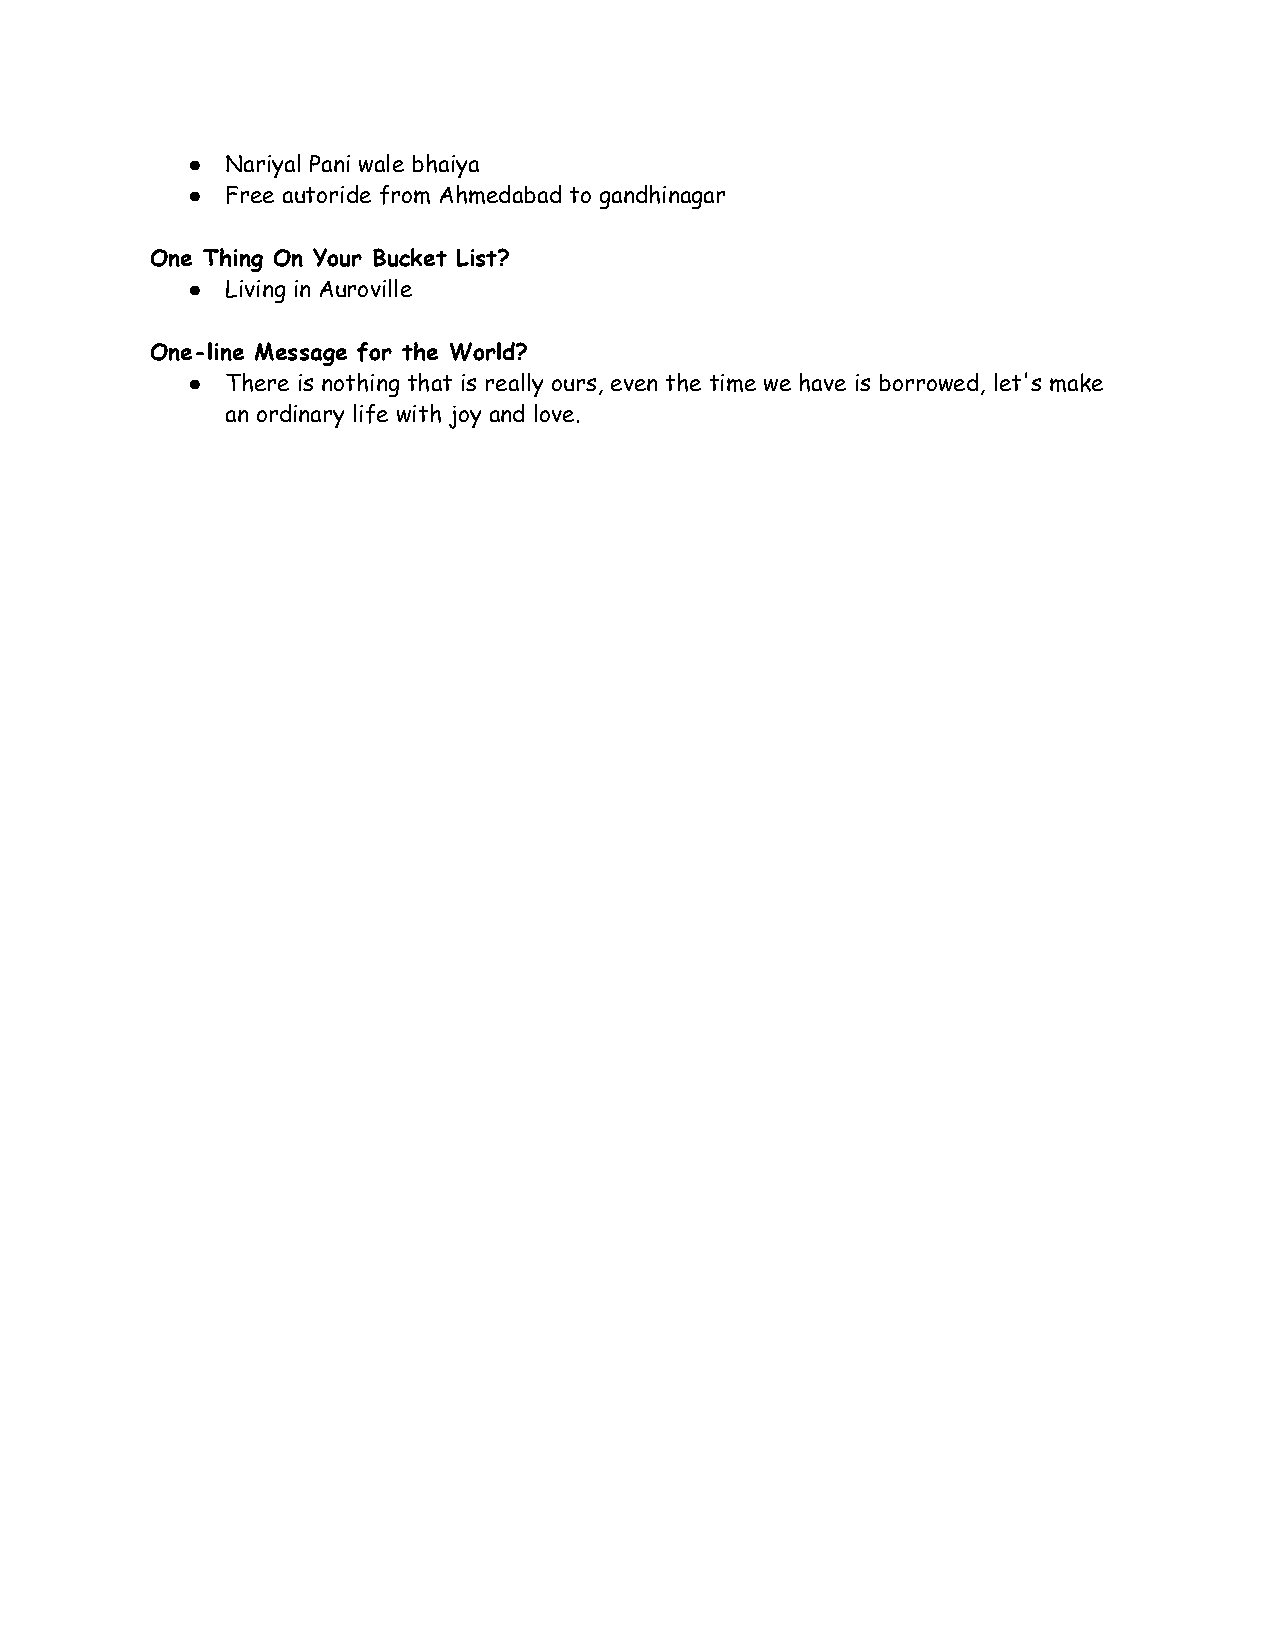
●  Nariyal Pani wale bhaiya
 ●  Free autoride from Ahmedabad to gandhinagar
 One Thing On Your Bucket List?
 ●  Living in Auroville
 One-line Message for the World?
 ●  There is nothing that is really ours, even the time we have is borrowed, let's make
 an ordinary life with joy and love.